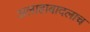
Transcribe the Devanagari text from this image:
अलाहाबादलाच